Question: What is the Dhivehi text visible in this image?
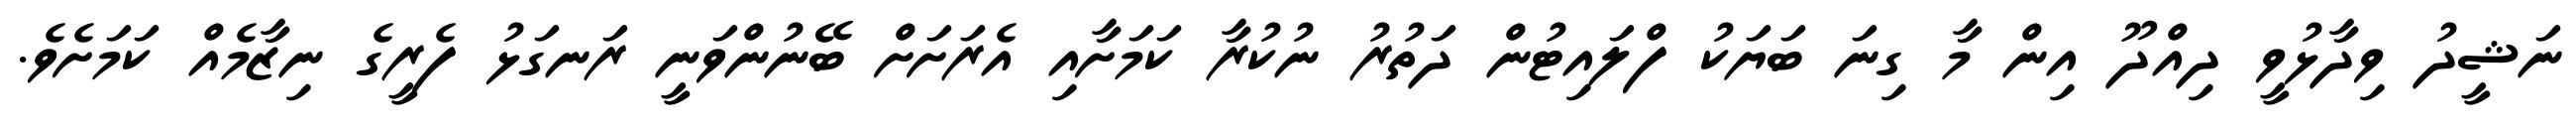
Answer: ނަޝީދު ވިދާޅުވީ ދިއްދޫ އިން މާ ގިނަ ބަޔަކު ފްލައިޓުން ދަތުރު ނުކުރާ ކަމަށާއި އެރަށަށް ބޭނުންވަނީ ރަނގަޅު ފެރީގެ ނިޒާމެއް ކަމަށެވެ.